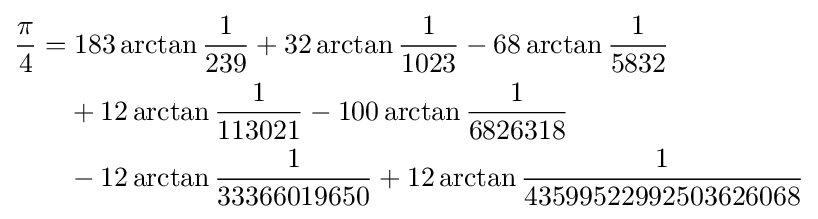
{\begin{aligned}{\frac {\pi }{4}}=&\;183\arctan {\frac {1}{239}}+32\arctan {\frac {1}{1023}}-68\arctan {\frac {1}{5832}}\\&+12\arctan {\frac {1}{113021}}-100\arctan {\frac {1}{6826318}}\\&-12\arctan {\frac {1}{33366019650}}+12\arctan {\frac {1}{43599522992503626068}}\\\end{aligned}}